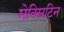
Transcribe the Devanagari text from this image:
मेक्सिटिन